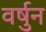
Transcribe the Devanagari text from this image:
वर्षुन